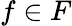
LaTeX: f\in F